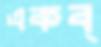
একব্